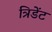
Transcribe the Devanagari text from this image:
त्रिडेंट